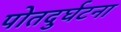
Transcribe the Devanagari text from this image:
पोतदुर्घटना